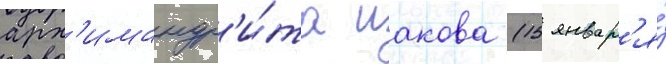
арх'имандр'и́та иакова (15 январ'я́